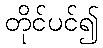
တိုင်ပင်၍